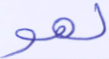
لهو